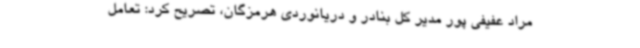
مراد عفیفی پور مدیر کل بنادر و دریانوردی هرمزگان، تصریح کرد: تعامل